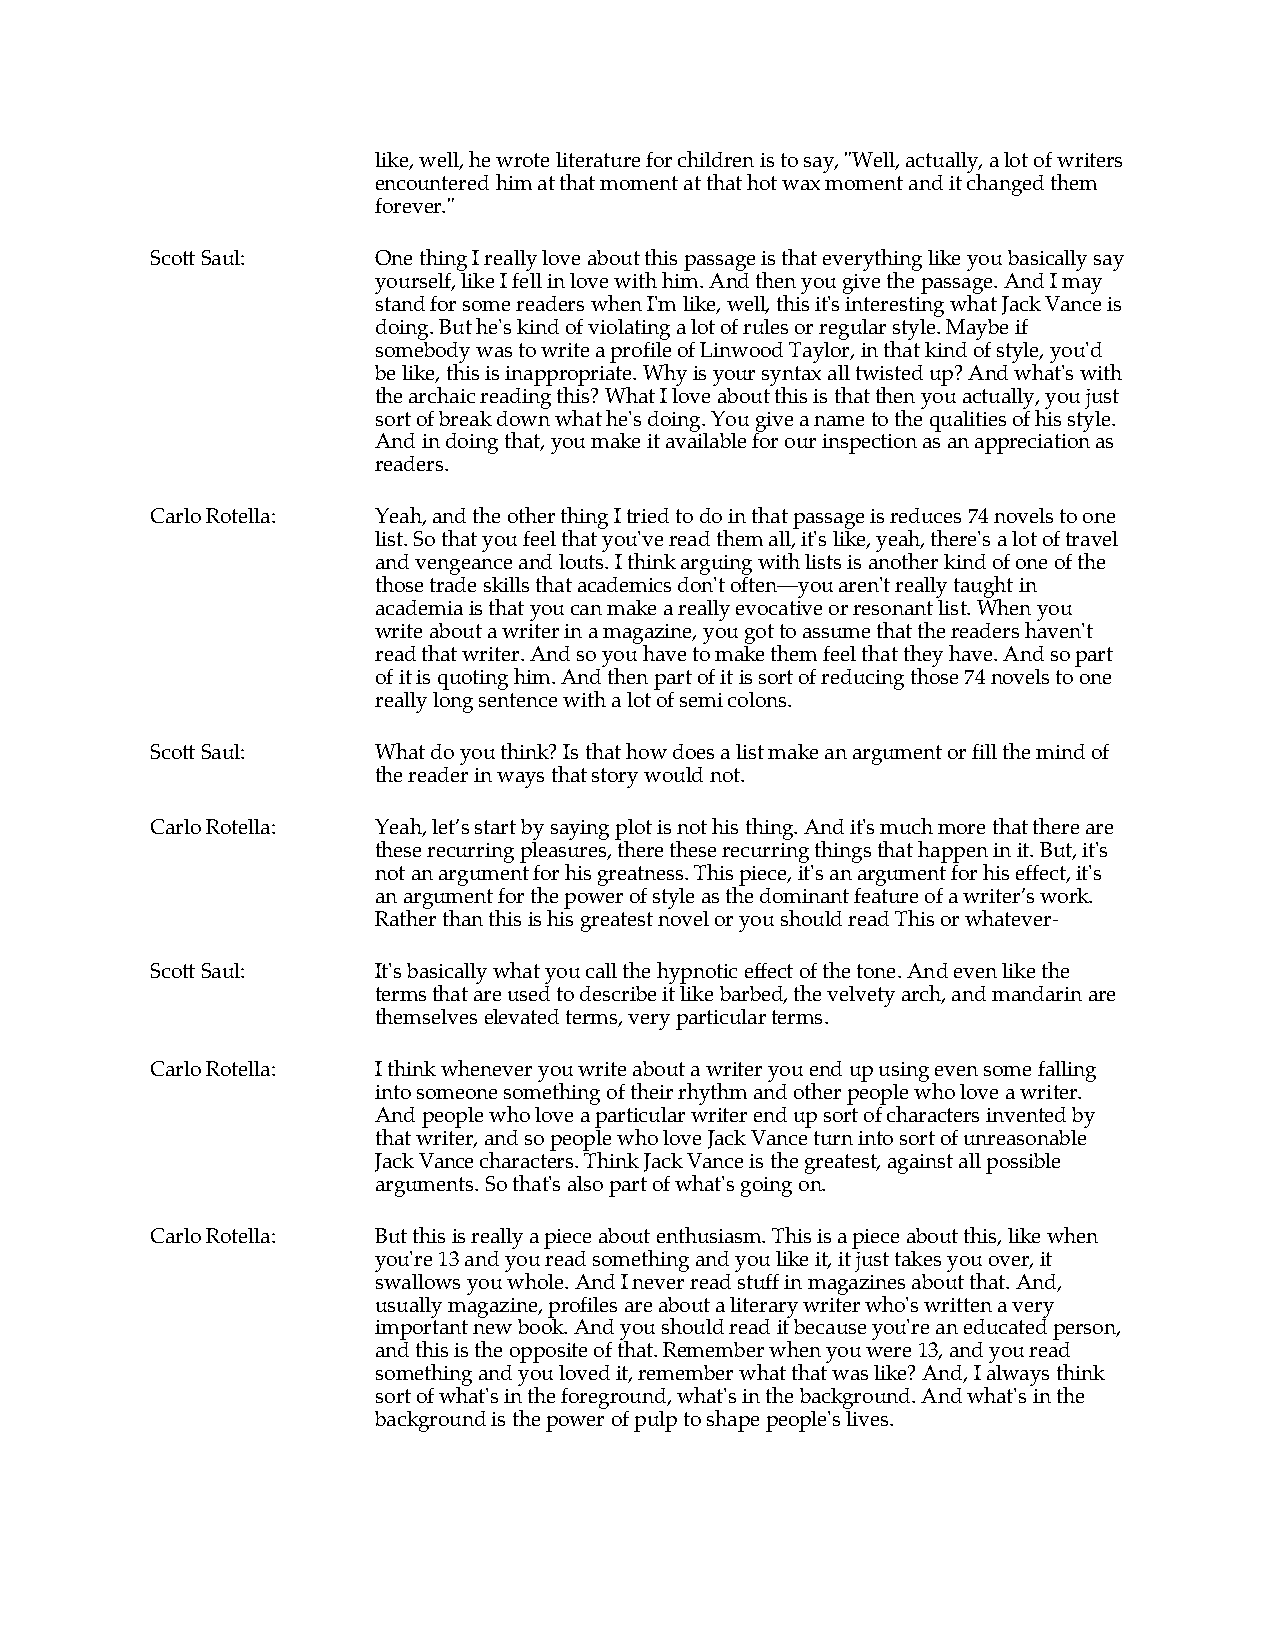
like, well, he wrote literature for children is to say, "Well, actually, a lot of writers
 encountered him at that moment at that hot wax moment and it changed them
 forever."
 Scott Saul:    One thing I really love about this passage is that everything like you basically say
 yourself, like I fell in love with him. And then you give the passage. And I may
 stand for some readers when I'm like, well, this it's interesting what Jack Vance is
 doing. But he's kind of violating a lot of rules or regular style. Maybe if
 somebody was to write a profile of Linwood Taylor, in that kind of style, you'd
 be like, this is inappropriate. Why is your syntax all twisted up? And what's with
 the archaic reading this? What I love about this is that then you actually, you just
 sort of break down what he's doing. You give a name to the qualities of his style.
 And in doing that, you make it available for our inspection as an appreciation as
 readers.
 Carlo Rotella: Yeah, and the other thing I tried to do in that passage is reduces 74 novels to one
 list. So that you feel that you've read them all, it's like, yeah, there's a lot of travel
 and vengeance and louts. I think arguing with lists is another kind of one of the
 those trade skills that academics don't often—you aren't really taught in
 academia is that you can make a really evocative or resonant list. When you
 write about a writer in a magazine, you got to assume that the readers haven't
 read that writer. And so you have to make them feel that they have. And so part
 of it is quoting him. And then part of it is sort of reducing those 74 novels to one
 really long sentence with a lot of semi colons.
 Scott Saul:    What do you think? Is that how does a list make an argument or fill the mind of
 the reader in ways that story would not.
 Carlo Rotella: Yeah, let’s start by saying plot is not his thing. And it's much more that there are
 these recurring pleasures, there these recurring things that happen in it. But, it's
 not an argument for his greatness. This piece, it's an argument for his effect, it's
 an argument for the power of style as the dominant feature of a writer’s work.
 Rather than this is his greatest novel or you should read This or whatever-
 Scott Saul:    It's basically what you call the hypnotic effect of the tone. And even like the
 terms that are used to describe it like barbed, the velvety arch, and mandarin are
 themselves elevated terms, very particular terms.
 Carlo Rotella: I think whenever you write about a writer you end up using even some falling
 into someone something of their rhythm and other people who love a writer.
 And people who love a particular writer end up sort of characters invented by
 that writer, and so people who love Jack Vance turn into sort of unreasonable
 Jack Vance characters. Think Jack Vance is the greatest, against all possible
 arguments. So that's also part of what's going on.
 Carlo Rotella: But this is really a piece about enthusiasm. This is a piece about this, like when
 you're 13 and you read something and you like it, it just takes you over, it
 swallows you whole. And I never read stuff in magazines about that. And,
 usually magazine, profiles are about a literary writer who's written a very
 important new book. And you should read it because you're an educated person,
 and this is the opposite of that. Remember when you were 13, and you read
 something and you loved it, remember what that was like? And, I always think
 sort of what's in the foreground, what's in the background. And what's in the
 background is the power of pulp to shape people's lives.